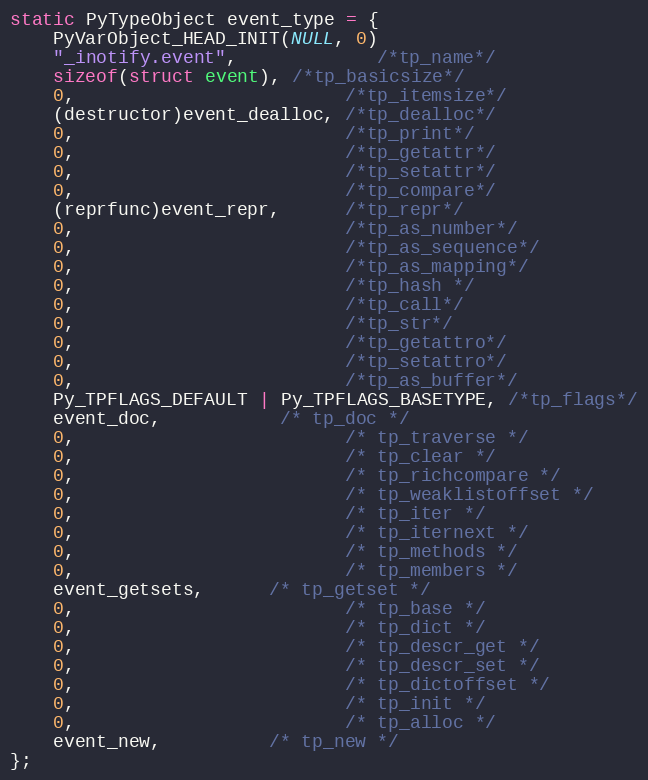
Language: C
static PyTypeObject event_type = {
	PyVarObject_HEAD_INIT(NULL, 0)
	"_inotify.event",             /*tp_name*/
	sizeof(struct event), /*tp_basicsize*/
	0,                         /*tp_itemsize*/
	(destructor)event_dealloc, /*tp_dealloc*/
	0,                         /*tp_print*/
	0,                         /*tp_getattr*/
	0,                         /*tp_setattr*/
	0,                         /*tp_compare*/
	(reprfunc)event_repr,      /*tp_repr*/
	0,                         /*tp_as_number*/
	0,                         /*tp_as_sequence*/
	0,                         /*tp_as_mapping*/
	0,                         /*tp_hash */
	0,                         /*tp_call*/
	0,                         /*tp_str*/
	0,                         /*tp_getattro*/
	0,                         /*tp_setattro*/
	0,                         /*tp_as_buffer*/
	Py_TPFLAGS_DEFAULT | Py_TPFLAGS_BASETYPE, /*tp_flags*/
	event_doc,           /* tp_doc */
	0,                         /* tp_traverse */
	0,                         /* tp_clear */
	0,                         /* tp_richcompare */
	0,                         /* tp_weaklistoffset */
	0,                         /* tp_iter */
	0,                         /* tp_iternext */
	0,                         /* tp_methods */
	0,                         /* tp_members */
	event_getsets,      /* tp_getset */
	0,                         /* tp_base */
	0,                         /* tp_dict */
	0,                         /* tp_descr_get */
	0,                         /* tp_descr_set */
	0,                         /* tp_dictoffset */
	0,                         /* tp_init */
	0,                         /* tp_alloc */
	event_new,          /* tp_new */
};